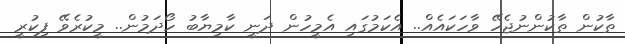
ތާކުން ތާކުންނުޖެހޭ ވާހަކައެއް.. އެކަމުގައި އެމީހުން ދަނީ ކާމިޔާބު ހޯދަމުން.. މީކުރެވޭ ފިކުރީ